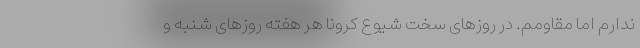
ندارم اما مقاومم. در روزهای سخت شیوع کرونا هر هفته روزهای شنبه و